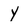
Character: y